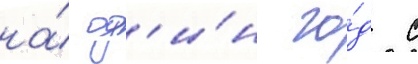
на́ од'и́н го́д с